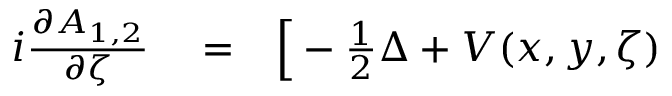
\begin{array} { r l r } { i \frac { \partial A _ { 1 , 2 } } { \partial \zeta } } & { { } = } & { \Big [ - \frac { 1 } { 2 } \Delta + V ( x , y , \zeta ) } \end{array}